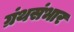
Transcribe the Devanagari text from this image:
ग्रंथसंभार